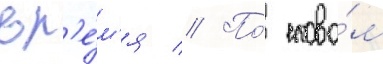
вр'е́м'я // По́ слова́м